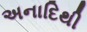
અનાદિથી